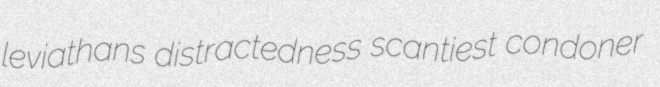
leviathans distractedness scantiest condoner